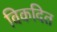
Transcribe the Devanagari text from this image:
विकदित